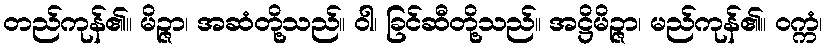
တည်ကုန်၏။ မိဉ္ဇာ၊ အဆံတို့သည်။ ဝါ၊ ခြင်ဆီတို့သည်။ အဋ္ဌိမိဉ္ဇာ၊ မည်ကုန်၏။ ဝက္ကံ၊